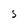
Character: S